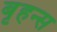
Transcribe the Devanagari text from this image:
बृहन्स